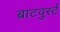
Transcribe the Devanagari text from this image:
ब्राटवुर्स्ट